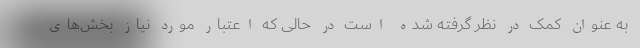
به عنوان کمک در نظر گرفته‌ شده است در حالی که اعتبار مورد نیاز بخش‌های